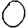
Digit: 0